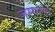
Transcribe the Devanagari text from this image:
जम्परोप